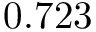
0 . 7 2 3